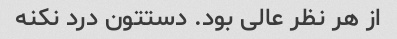
از هر نظر عالی بود. دستتون درد نکنه